Report on lock hospitals in British Burma
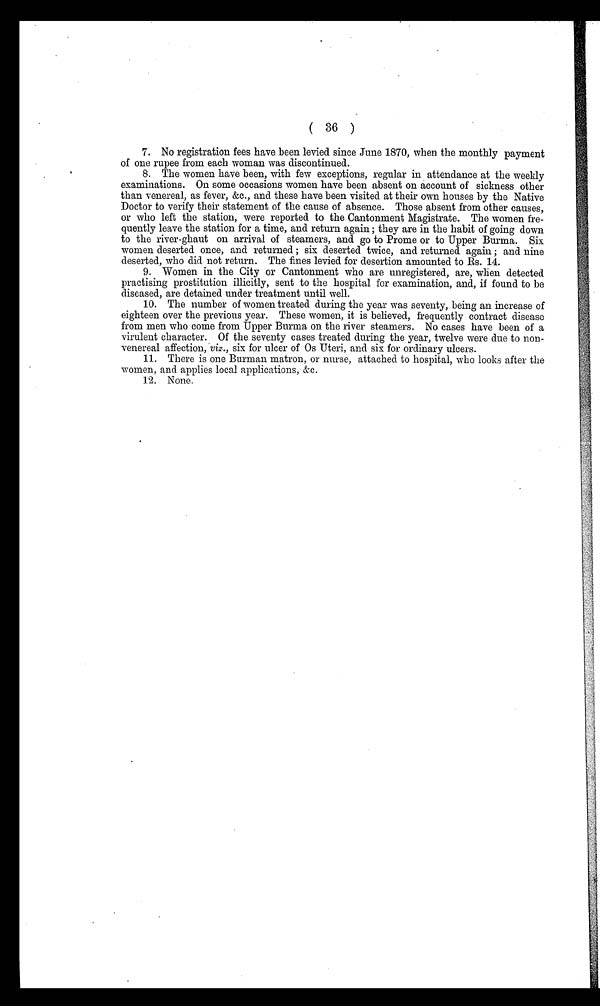
( 36 )
7. No registration fees have been levied since June 1870, when the monthly payment
of one rupee from each woman was discontinued.
8. The women have been, with few exceptions, regular in attendance at the weekly
examinations. On some occasions women have been absent on account of sickness other
than venereal, as fever, &c., and these have been visited at their own houses by the Native
Doctor to verify their statement of the cause of absence. Those absent from other causes,
or who left the station, were reported to the Cantonment Magistrate. The women fre-
quently leave the station for a time, and return again ; they are in the habit of going down
to the river-ghaut on arrival of steamers, and go to Prome or to Upper Burma. Six
women deserted once, and returned ; six deserted twice, and returned again ; and nine
deserted, who did not return. The fines levied for desertion amounted to Rs. 14.
9. Women in the City or Cantonment who are unregistered, are, when detected
practising prostitution illicitly, sent to the hospital for examination, and, if found to be
diseased, are detained under treatment until well.
10. The number of women treated during the year was seventy, being an increase of
eighteen over the previous year. These women, it is believed, frequently contract disease
from men who come from Upper Burma on the river steamers. No cases have been of a
virulent character. Of the seventy cases treated during the year, twelve were due to non-
venereal affection, viz., six for ulcer of Os Uteri, and six for ordinary ulcers.
11. There is one Burman matron, or nurse, attached to hospital, who looks after the
women, and applies local applications, &c.
12. None.